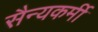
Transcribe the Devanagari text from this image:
सैन्यकर्मी